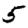
Digit: 5